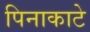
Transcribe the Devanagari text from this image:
पिनाकाटे